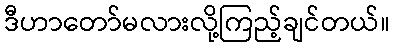
ဒီဟာတော်မလားလို့ကြည့်ချင်တယ်။